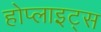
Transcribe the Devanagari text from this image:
होप्लाइट्स